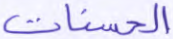
الحسنات